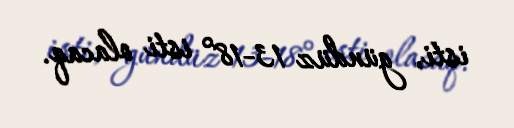
isti, gündüz 13-18° isti olacaq.